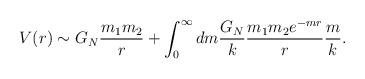
LaTeX: \begin{align*}V(r) \sim G_N { m_1 m_2 \over r} +\int_0^{\infty} dm { G_N \over k} { m_1 m_2 e^{- m r} \over r} {m \over k}.\end{align*}